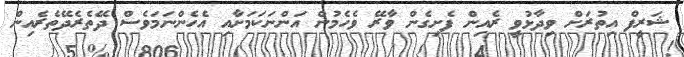
ޝަރީފް އިތުރަށް ވިދާޅުވީ ރެއިން ފެށިގެން ވާރޭ ވެހެމުން އަންނަކަމަށާއި އެހެންނަމަވެސް ދޭތެރެދޭތެރެއިން